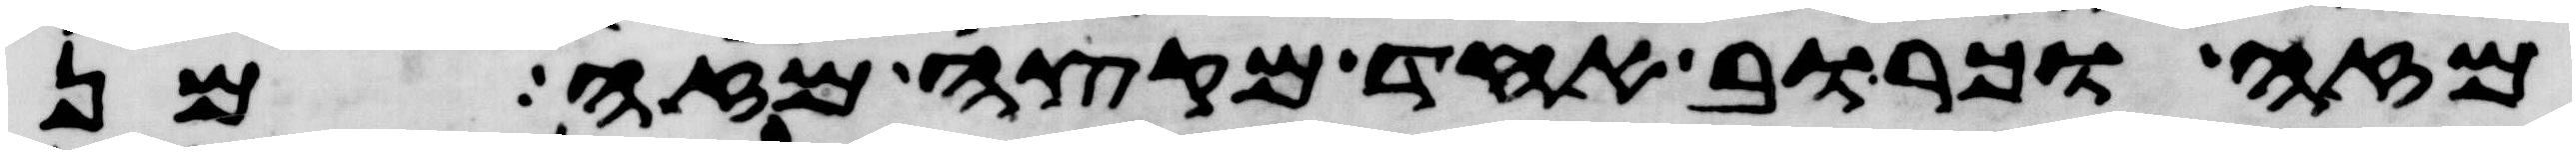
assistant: מזה וכרוב אחד מקצה מזה מן